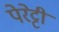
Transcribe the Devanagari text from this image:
पेरेट्टी